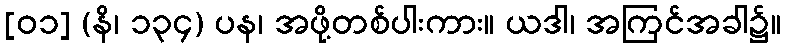
[၀၁] (နိ၊ ၁၃၄) ပန၊ အဖို့တစ်ပါးကား။ ယဒါ၊ အကြင်အခါ၌။